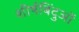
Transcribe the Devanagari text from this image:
शीर्षबिंदुओं